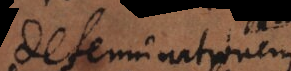
determinationem